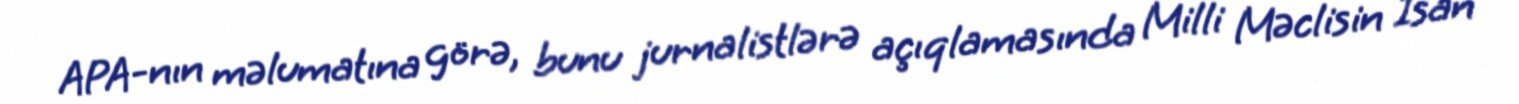
APA-nın məlumatına görə, bunu jurnalistlərə açıqlamasında Milli Məclisin İsan